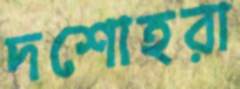
দশোহরা